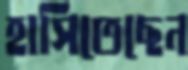
হাসিতেছেন